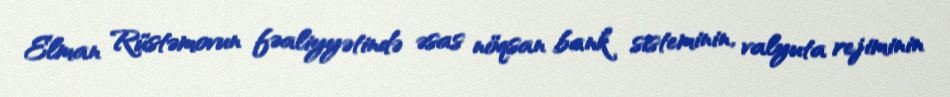
Elman Rüstəmovun fəaliyyətində əsas nöqsan bank sisteminin, valyuta rejiminin